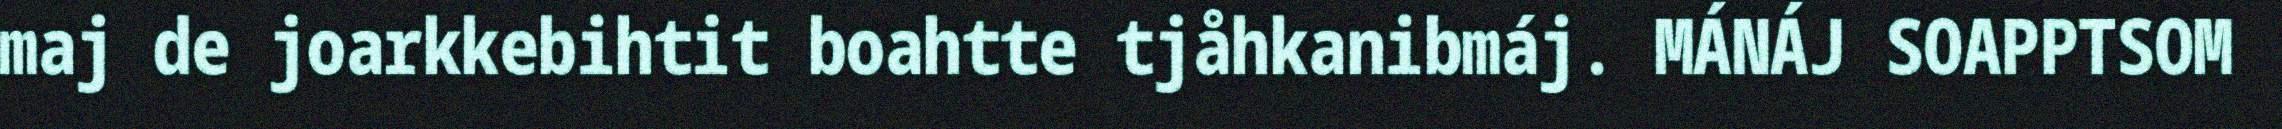
maj de joarkkebihtit boahtte tjåhkanibmáj. MÁNÁJ SOAPPTSOM